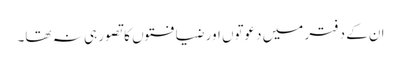
ان کے دفتر میں دعوتوں اور ضیافتوں کا تصور ہی نہ تھا۔